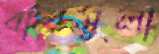
বারমুলা